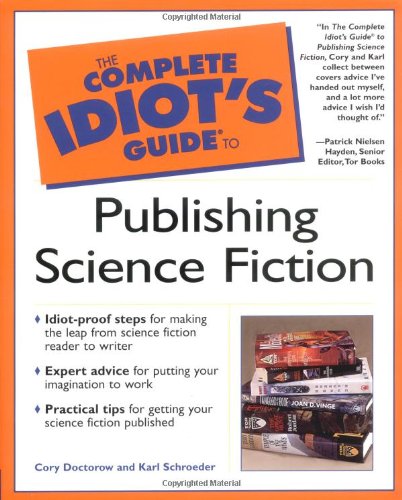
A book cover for The Complete Idiot's Guide to Publishing Science Fiction; Cory Doctorow; Science Fiction & Fantasy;